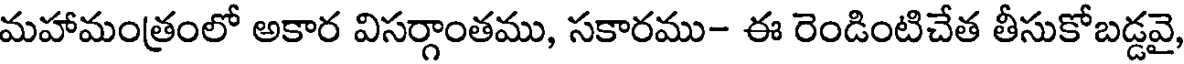
మహామంత్రంలో అకార విసర్గాంతము, సకారము- ఈ రెండింటిచేత తీసుకోబడ్డవై,